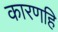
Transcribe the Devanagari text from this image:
कारणहि